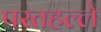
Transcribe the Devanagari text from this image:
परतहल्ले